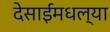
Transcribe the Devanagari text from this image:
देसाईंमधल्या